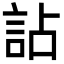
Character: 詀